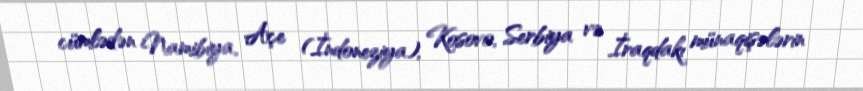
cümlədən Namibiya, Açe (İndoneziya), Kosovo, Serbiya və İraqdakı münaqişələrin